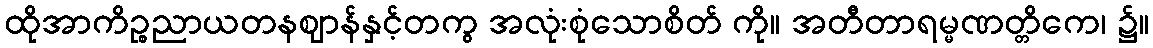
ထိုအာကိဉ္စညာယတနဈာန်နှင့်တကွ အလုံးစုံသောစိတ် ကို။ အတီတာရမ္မဏတ္တိကေ၊ ၌။